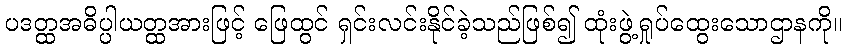
ပဒတ္ထအဓိပ္ပါယတ္ထအားဖြင့် ဖြေထွင် ရှင်းလင်းနိုင်ခဲ့သည်ဖြစ်၍ ထုံးဖွဲ့ရှုပ်ထွေးသောဌာနကို။